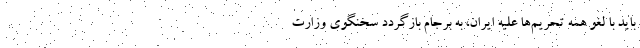
باید با لغو همه تحریم‌ها علیه ایران، به برجام بازگردد سخنگوی وزارت